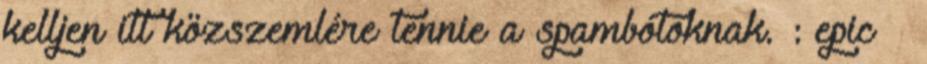
kelljen itt közszemlére tennie a spambótoknak. : epic –